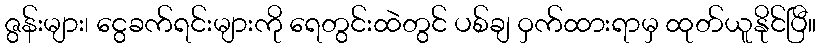
ဇွန်းများ၊ ငွေခက်ရင်းများကို ရေတွင်းထဲတွင် ပစ်ချ ဝှက်ထားရာမှ ထုတ်ယူနိုင်ပြီ။